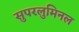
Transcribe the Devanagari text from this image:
सुपरलुमिनल